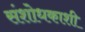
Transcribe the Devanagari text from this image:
संशोधकाशी